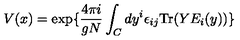
V ( x ) = \exp \{ { \frac { 4 \pi i } { g N } } \int _ { C } d y ^ { i } \epsilon _ { i j } \mathrm { T r } ( Y E _ { i } ( y ) ) \}